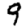
Digit: 9